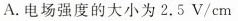
A.电场强度的大小为2.5V/cm